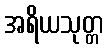
အရိယသုတ္တ